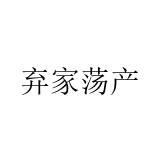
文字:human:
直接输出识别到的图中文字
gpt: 弃家荡产